Annual report on the working of the Harcourt Butler Institute of Public Health, Rangoon
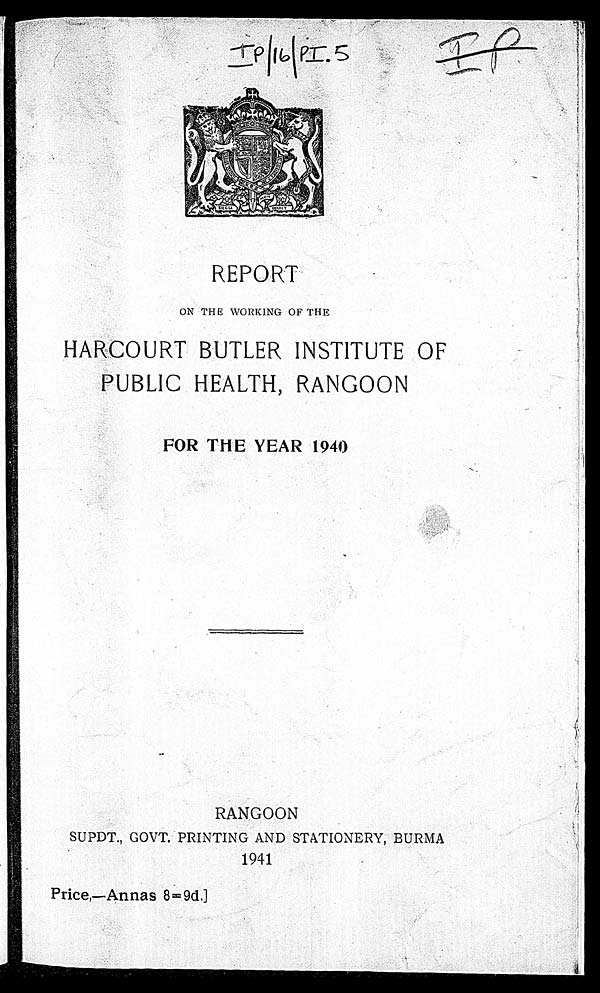
TP|16| PI.5
IP
REPORT
ON THE WORKING OF THE
HARCOURT
BUTLER INSTITUTE
OF PUBLIC HEALTH , RANGOON
FOR THE YEAR 1940
RANGOON
SUPDT., GOVT. PRINTING AND STATIONERY, BURMA
1941
Price,—Annas 8=9d.]